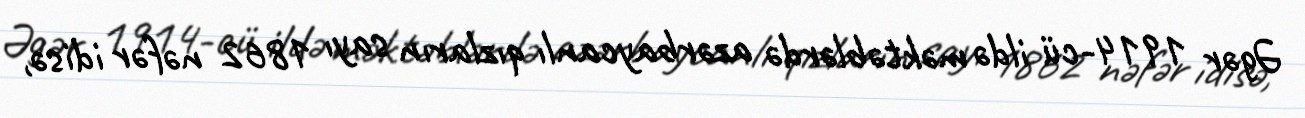
Əgər 1914-cü ildə məktəblərdə azərbaycanlı qızların sayı 1862 nəfər idisə,